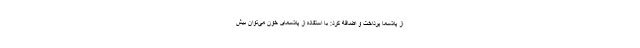
از پلاسما پرداخت و اضافه کرد: با استفاده از پلاسمای خون می‌توان بیش